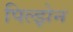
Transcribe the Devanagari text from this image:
पिल्झेन